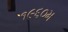
૧૯૬૦મ